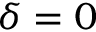
\delta = 0